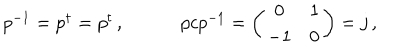
LaTeX: \begin{array} { c c } { { p ^ { - 1 } = p ^ { \dagger } = p ^ { t } \, , ~ } } & { { ~ p c p ^ { - 1 } = \left( \begin{array} { c c } { { 0 } } & { { 1 } } \\ { { - 1 } } & { { 0 } } \\ \end{array} \right) = j \, , } } \\ \end{array}